Civil Veterinary Department Bengal reports 1933-51 - 1933-1951
Year: 1933
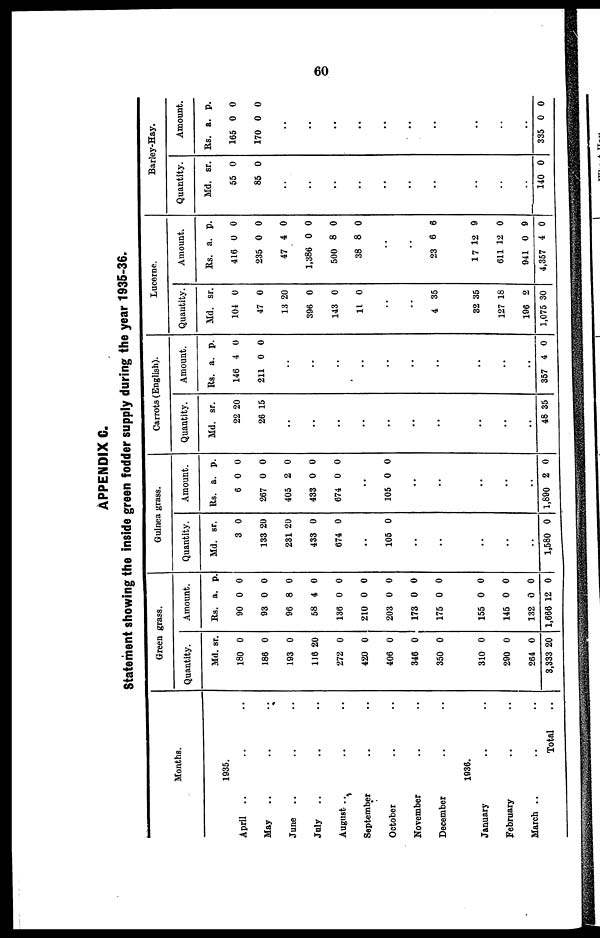
09
APPENDIX C.
Statement showing the inside green fodder supply during the year 1935-36.
Months.
1935.
April
..
May ..
June ..
July
..
August ..
September
October
November
December
January
February
March ..
..
..
..
..
..
..
..
..
..
1936.
..
..
..
Total
..
..
..
..
..
..
..
..
..
..
..
..
¨
Green grass.
Quantity.
Md.
180
186
193
116
272
420
406
346
350
sr.
0
0
0
20
0
0
0
0
0
310
290
264
3,333
0
0
0
20
Amount.
Rs.
90
93
96
58
136
210
203
173
175
a.
0
0
8
4
0
0
0
0
0
p.
0
0
0
0
0
0
0
0
0
155
145
132
1,666
0
0
0
12
0
0
0
0
Guinea grass.
Quantity.
Md.
3
133
231
433
674
sr.
0
20
20
0
0
..
105 0
..
..
..
..
..
1,580 0
Amount.
Rs.
6
267
405
433
674
a.
0
0
2
0
0
p.
0
0
0
0
0
..
105 0 0
..
..
..
..
..
1,890 2 0
Carrots (English).
Quantity.
Md.
22
26
sr.
20
15
..
..
..
..
..
..
..
..
..
..
48 35
Amount.
Rs.
146
211
a..
4
0
p.
0
0
..
..
..
..
..
..
..
..
..
..
357 4 0
Lucerne.
Quantity.
Md.
104
47
13
396
143
11
sr.
0
0
20
0
0
0
..
..
4 35
32
127
196
1,075
35
18
2
30
Amount.
Rs.
416
235
47
1,386
500
38
a.
0
0
4
0
8
8
p.
0
0
0
0
0
0
..
..
23 6 6
17
611
941
4,357
12
12
0
4
9
0
9
0
Barley-Hay.
Quantity.
Md.
55
85
sr.
0
0
..
..
..
..
..
..
..
..
..
..
140 0
Amount.
Rs.
165
170
a.
0
0
p.
0
0
..
..
..
..
..
..
..
..
..
..
335 0 0